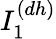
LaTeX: I_{1}^{(dh)}